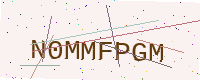
Text: N0MMFPGM